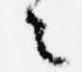
々